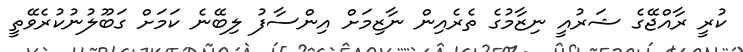
ކުރީ ރާއްޖޭގެ ޝަރުއީ ނިޒާމުގެ ތެރެއިން ނާޒިމަށް އިންސާފު ލިބޭނެ ކަމަށް ގަބޫލުނުކުރެވޭތީ